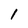
Character: 1